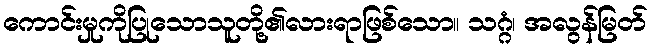
ကောင်းမှုကိုပြုသောသူတို့၏လားရာဖြစ်သော။ သဂ္ဂံ၊ အလွန်မြတ်